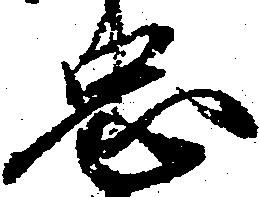
忠